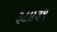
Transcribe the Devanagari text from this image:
३८४३९